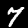
Label: 7